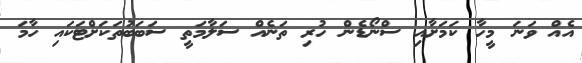
އެއް ވަނަ މީހާ ކަމަށާއި ސްނޯޑެން ހުރި ތަނެއް ސަލާމަތީ ސަބަބުތަކަށްޓަކައި ހާމަ